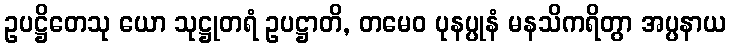
ဥပဋ္ဌိတေသု ယော သုဋ္ဌုတရံ ဥပဋ္ဌာတိ, တမေဝ ပုနပ္ပုနံ မနသိကရိတွာ အပ္ပနာယ